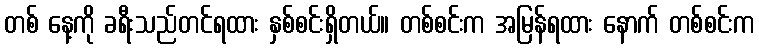
တစ် နေ့ကို ခရီးသည်တင်ရထား နှစ်စင်းရှိတယ်။ တစ်စင်းက အမြန်ရထား နောက် တစ်စင်းက